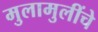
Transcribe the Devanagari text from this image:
मुलामुलींचे